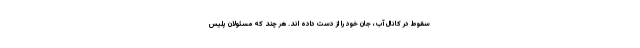
سقوط در کانال آب، جان خود را از دست داده اند. هر چند که مسئولان پلیس